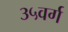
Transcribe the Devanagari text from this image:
३५वर्ग